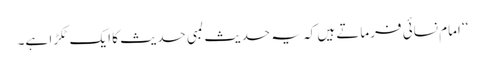
‘‘ امام نسائی فرماتے ہیں کہ یہ حدیث لمبی حدیث کا ایک ٹکڑا ہے۔